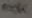
Text: 100K